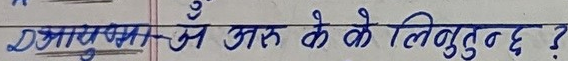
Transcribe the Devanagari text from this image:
वायुमंडल में इस के लिए लिबुन्द छ?